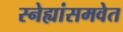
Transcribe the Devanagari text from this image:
स्नेह्यांसमवेत